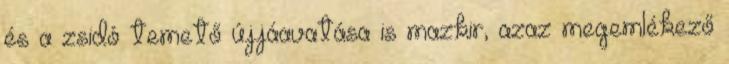
és a zsidó temető újjáavatása is mazkir, azaz megemlékező